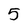
Character: 5